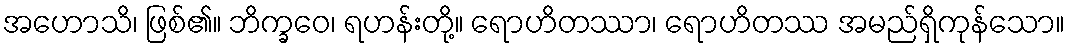
အဟောသိ၊ ဖြစ်၏။ ဘိက္ခဝေ၊ ရဟန်းတို့။ ရောဟိတဿာ၊ ရောဟိတဿ အမည်ရှိကုန်သော။